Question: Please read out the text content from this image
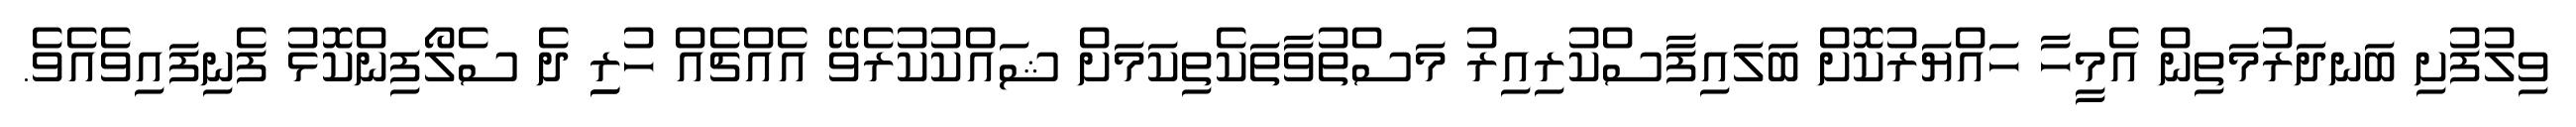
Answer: ވިލުފުށި ބަނދަރުމަތިން އެމީހާ ހައްޔަރުކޮށް ބަލައިފާސްކުރިއިރު މަސްތުވާތަކެތިކަމަށް ޝައްކުކުރެވޭ އެއްޗެއް ހުރިި ދެ ސެލޯފިންކޮޅު ފެނިފައިވެއެވެ.